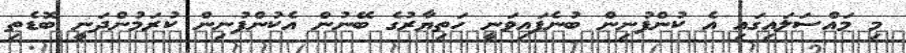
މި މައްސަލައިގައި އެ ކުންފުނިން ބުނެފައިވަނީ ހަތިޔާރުގެ ބޭނުން އެކުންފުނިން ކުރަމުންދަނީ ބޮޑެތި